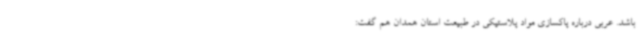
باشد. عربی درباره پاکسازی مواد پلاستیکی در طبیعت استان همدان هم گفت: